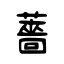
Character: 薔